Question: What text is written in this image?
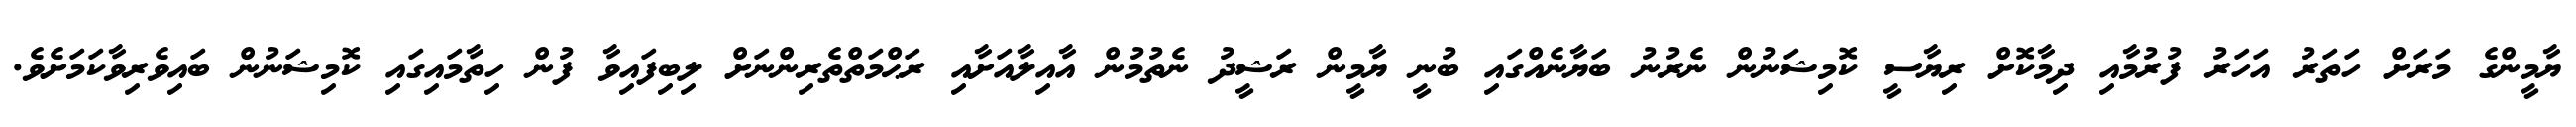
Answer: ޔާމީންގެ މަރަށް ހަތަރު އަހަރު ފުރުމާއި ދިމާކޮށް ރިޔާސީ ކޮމިޝަނުން ނެރުނު ބަޔާނެއްގައި ބުނީ ޔާމީން ރަޝީދު ނެތުމުން އާއިލާއަށާއި ރަޙްމަތްތެރިންނަށް ލިބިފައިވާ ފުން ހިތާމައިގައި ކޮމިޝަނުން ބައިވެރިވާކަމަށެވެ.